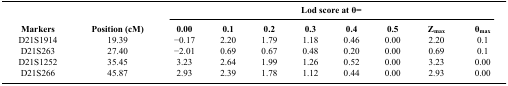
|  |  | <COLSPAN=8> Lod score at θ= |
 | Markers | Position (cM) | 0.00 | 0.1 | 0.2 | 0.3 | 0.4 | 0.5 | Zmax | θmax |
 | --- | --- | --- | --- | --- | --- | --- | --- | --- | --- |
 | D21S1914 | 19.39 | −0.17 | 2.20 | 1.79 | 1.18 | 0.46 | 0.00 | 2.20 | 0.1 |
 | D21S263 | 27.40 | −2.01 | 0.69 | 0.67 | 0.48 | 0.20 | 0.00 | 0.69 | 0.1 |
 | D21S1252 | 35.45 | 3.23 | 2.64 | 1.99 | 1.26 | 0.52 | 0.00 | 3.23 | 0.00 |
 | D21S266 | 45.87 | 2.93 | 2.39 | 1.78 | 1.12 | 0.44 | 0.00 | 2.93 | 0.00 |